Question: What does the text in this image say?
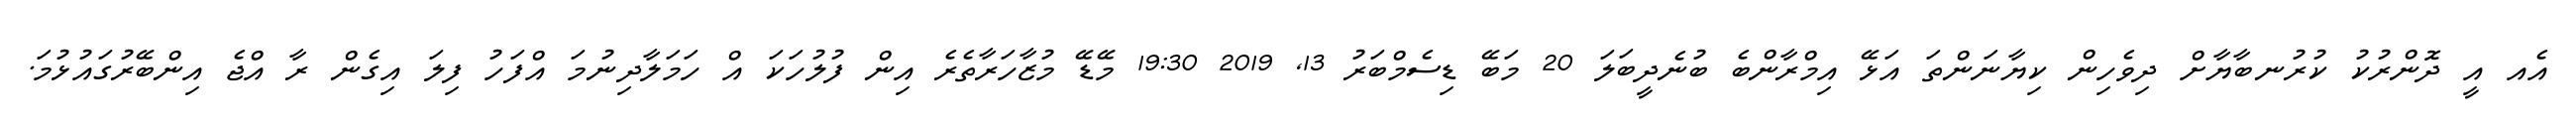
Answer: އެއ އީ ދޮންރުކު ކުރުނބާޔާށް ދިވެހިން ކިޔާނަންތަ އަޅޭ އިމްރާންބެ ބުނެދީބަލަ 20 މަބޭ ޑިސެމްބަރު 13, 2019 19:30 މޭޑޭ މުޒާހަރާތެރެ އިން ފުލުހަކަ އް ހަމަލާދިނުމަ އްފަހު ފިލަ އިގެން ރާ އްޖެ އިންބޭރުގައުޅުމަ.